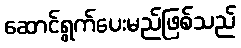
ဆောင်ရွက်ပေးမည်ဖြစ်သည်